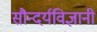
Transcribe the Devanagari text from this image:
सौन्दर्यविज्ञानी